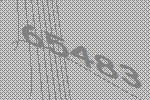
65483